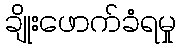
ချိုးဖောက်ခံရမှု